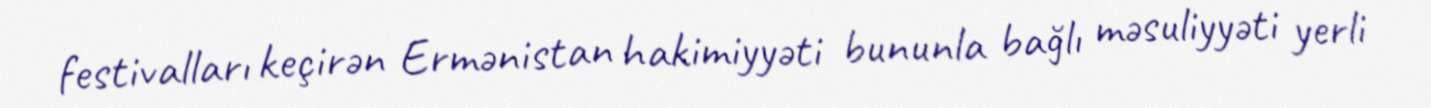
festivalları keçirən Ermənistan hakimiyyəti bununla bağlı məsuliyyəti yerli